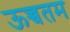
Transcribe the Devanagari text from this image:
ऊच्चतम